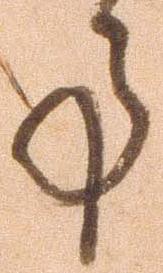
事